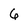
Character: 6